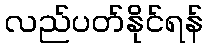
လည်ပတ်နိုင်ရန်